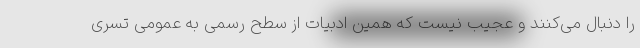
را دنبال می‌کنند و عجیب نیست که همین ادبیات از سطح رسمی به عمومی تسری